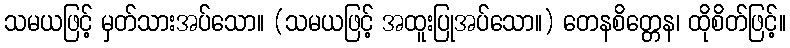
သမယဖြင့် မှတ်သားအပ်သော။ (သမယဖြင့် အထူးပြုအပ်သော။) တေနစိတ္တေန၊ ထိုစိတ်ဖြင့်။